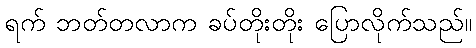
ရက် ဘတ်တလာက ခပ်တိုးတိုး ပြောလိုက်သည်။